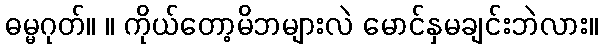
ဓမ္မဂုတ်။ ။ ကိုယ်တော့မိဘများလဲ မောင်နှမချင်းဘဲလား။